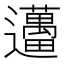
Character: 𨙗